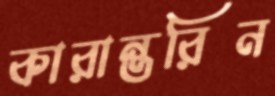
কারান্তরিন